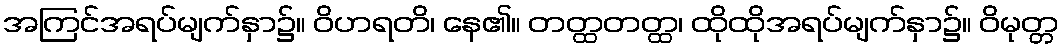
အကြင်အရပ်မျက်နှာ၌။ ဝိဟရတိ၊ နေ၏။ တတ္ထတတ္ထ၊ ထိုထိုအရပ်မျက်နှာ၌။ ဝိမုတ္တ